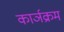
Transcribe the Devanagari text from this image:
कार्ञक्रम